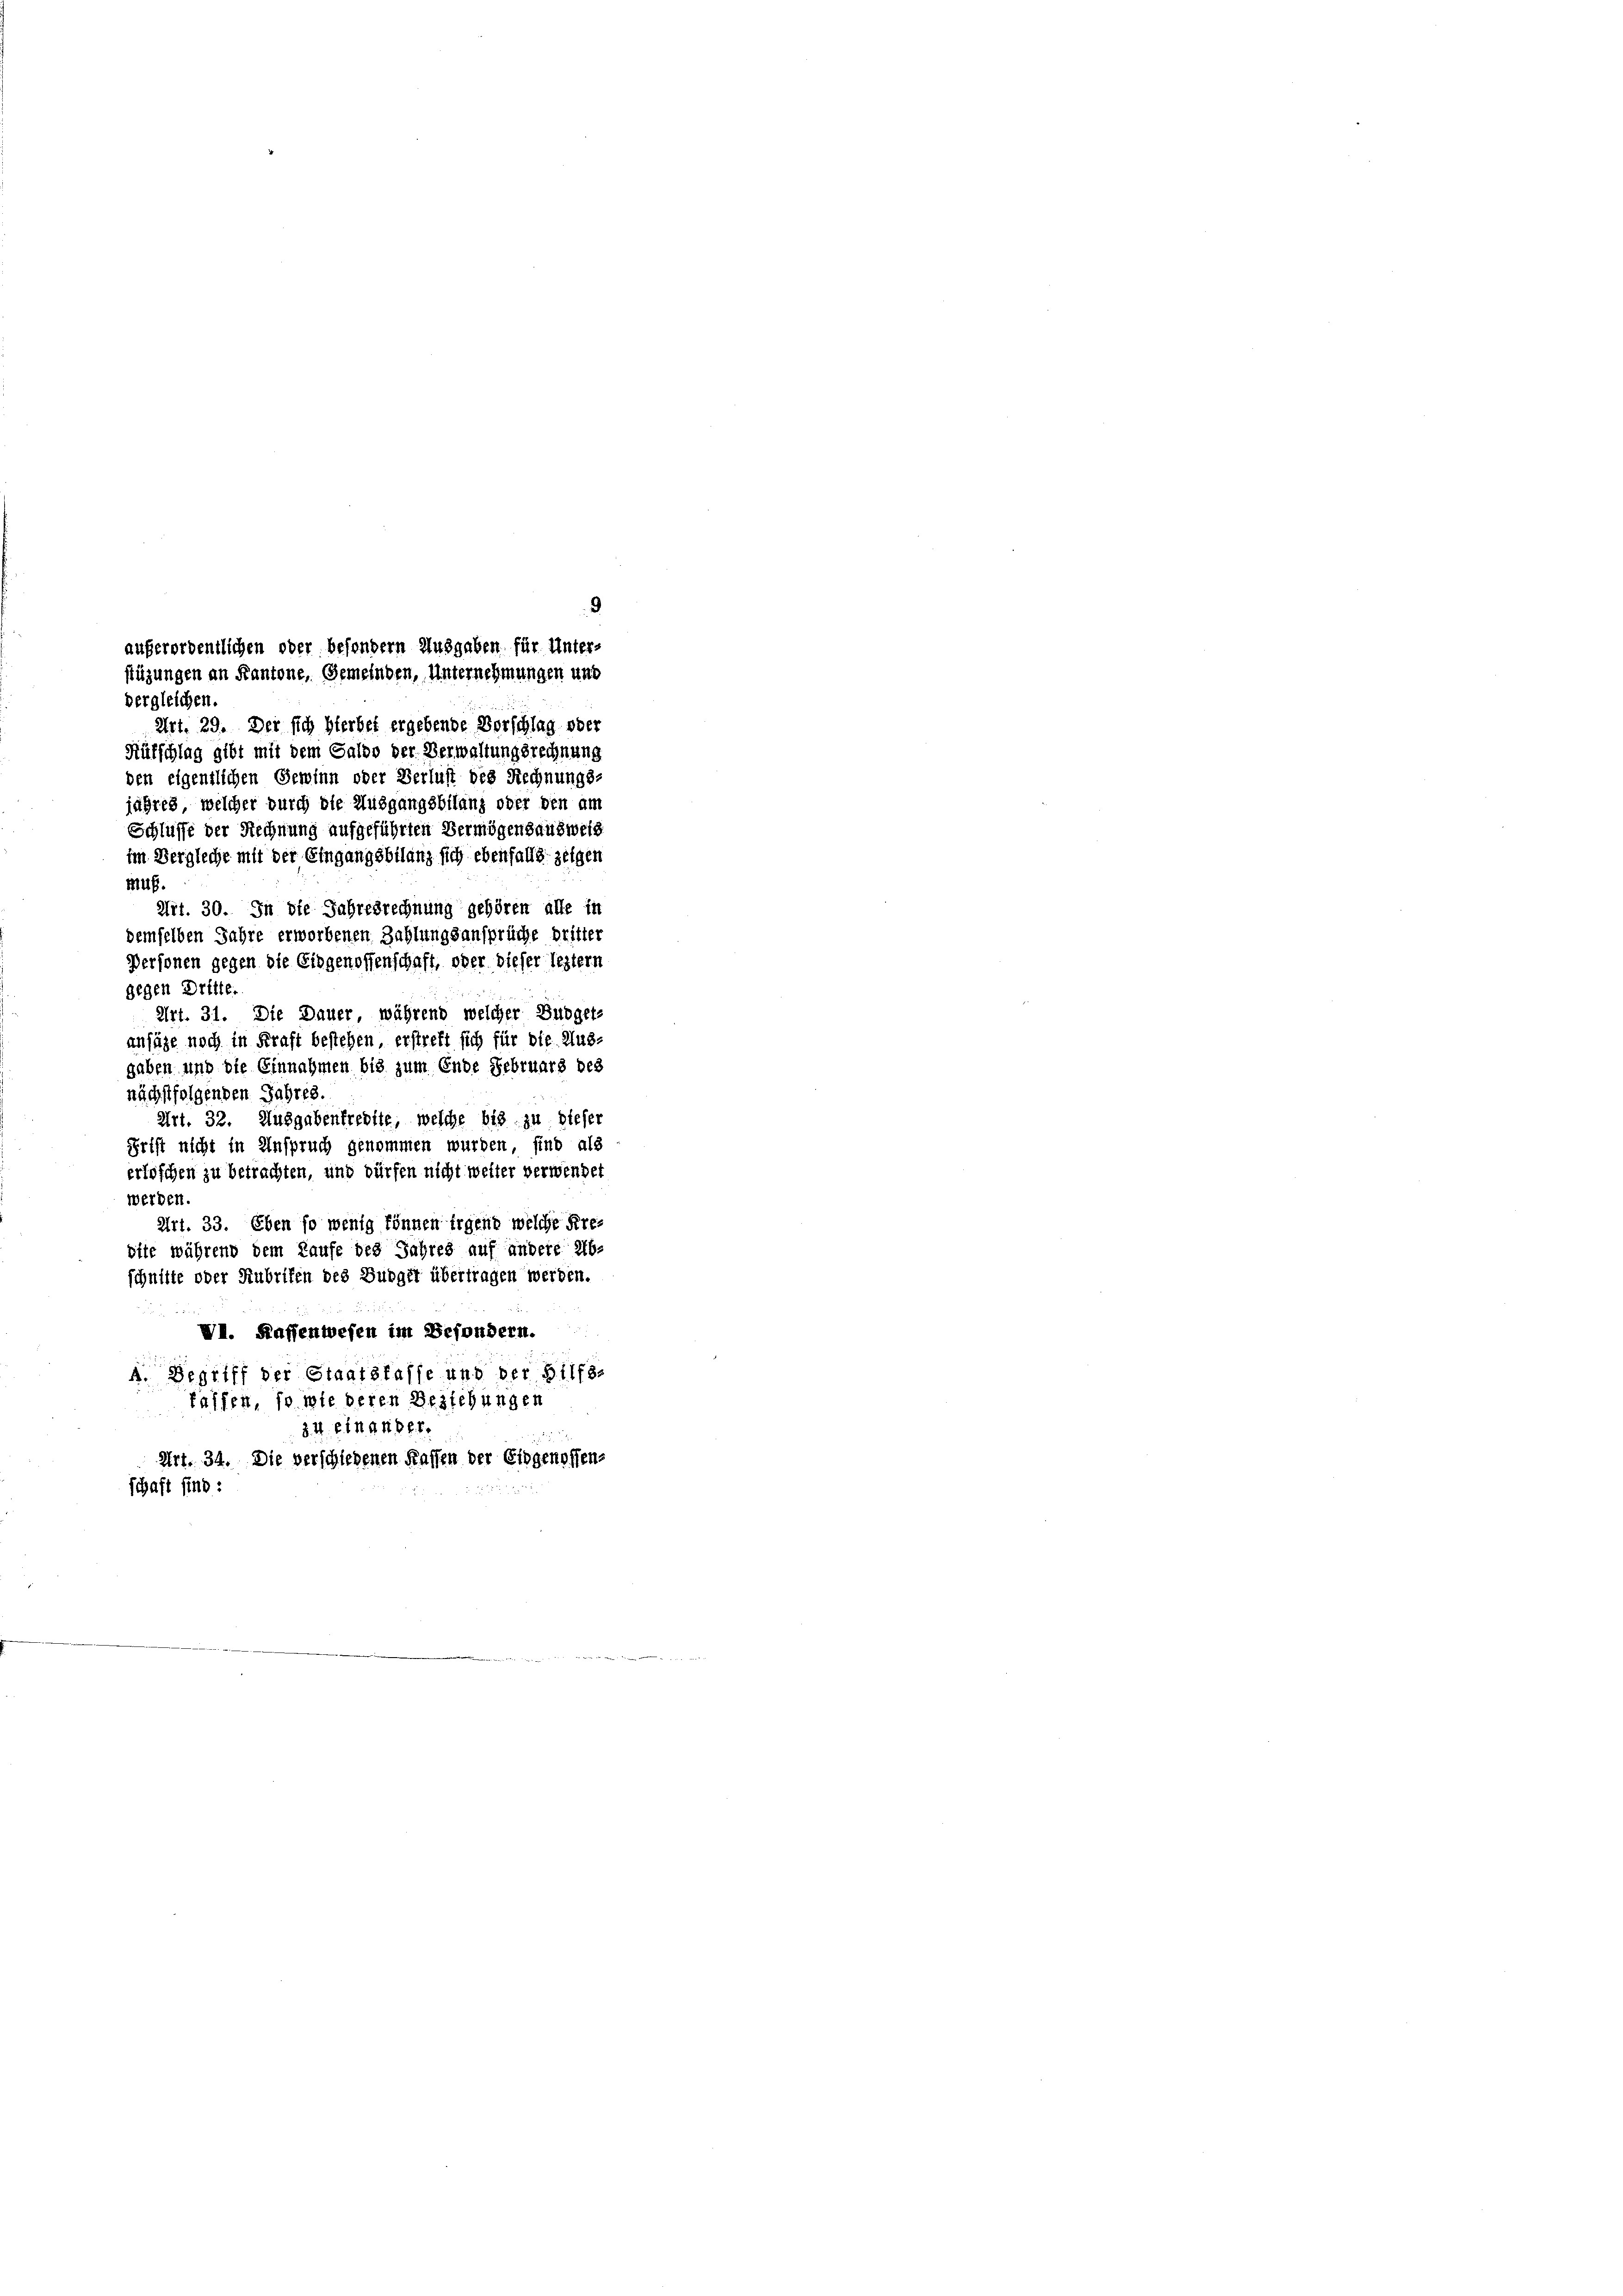
dergleichen.
Art. 29. Der sich hierbet ergebende Vorschlag oder
Rütschlag gibt mit dem Galvo der Verwaltungsrechnung
den eigentlichen Gewinn oder Verlust des Rechnungs-
jahres, welcher durch die Ausgangsbilanz oder den am
Schlüsse der Rechnung aufgeführten Vermögensausweis
im Vergliche mit der Eingangsbilanz sich ebenfalls zeigen
Mus.
Art. 30. In die Jahresrechnung gehören alle in
demselben Jahre erworbenen Zahlungsansprüche dritter
Personen gegen die Eidgenossenschaft, oder dieser leztern
gegen Dritte.
Art. 31. Die Dauer, während welcher Budget-
ansähe noch in Kraft bestehen, erstrebt sich für die Aus-
gaben und die Einnahmen bis zum Ende Februars des
nächstfolgenden Jahres.
Art. 32. Ausgabenfredite, welche bis zu dieser
Frist nicht in Anspruch genommen wurden, sind als
erlöschen zu betrachten, und dürfen nicht weiter verwendet
werden.
Art. 33. Eben so wenig können irgend welche Krebite während dem Kaufe des Jahres auf andere Ab-
schnitte oder Rubrifen des Budget übertragen werden.
VI. Kaffenwesen im Besondern.
4. Begriff der Staatskasse und der Hilfs-
faffen, so wie deren Beziehungen
34. Ein ander.
Art. 34. Die verschiedenen Kassen der Eidgenossens
Schaft sind:

9
außerordentlichen oder besondern Ausgaben für Unter-
stüzungen an Kantone, Gemeinden, Unternehmungen und